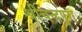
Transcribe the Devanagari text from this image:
श्रीचन्दपुरा